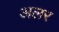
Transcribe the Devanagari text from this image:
अलर